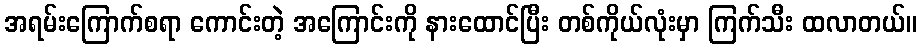
အရမ်းကြောက်စရာ ကောင်းတဲ့ အကြောင်းကို နားထောင်ပြီး တစ်ကိုယ်လုံးမှာ ကြက်သီး ထလာတယ်။